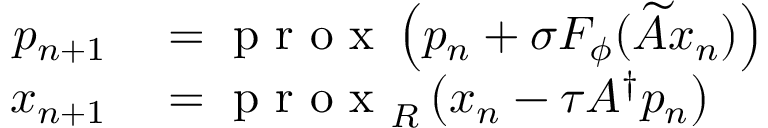
\begin{array} { r l } { p _ { n + 1 } } & { { } = \mathrm { ~ p ~ r ~ o ~ x ~ } \left( p _ { n } + \sigma F _ { \phi } ( \widetilde { A } x _ { n } ) \right) } \\ { x _ { n + 1 } } & { { } = \mathrm { ~ p ~ r ~ o ~ x ~ } _ { R } \left( x _ { n } - \tau A ^ { \dagger } p _ { n } \right) } \end{array}